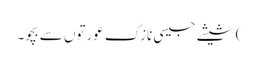
) شیشے جیسی نازک عورتوں سے بچو۔